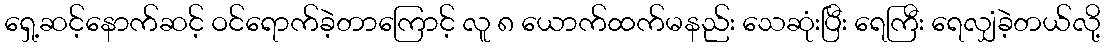
ရှေ့ဆင့်နောက်ဆင့် ဝင်ရောက်ခဲ့တာကြောင့် လူ ၈ ယောက်ထက်မနည်း သေဆုံးပြီး ရေကြီး ရေလျှံခဲ့တယ်လို့